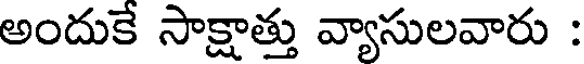
అందుకే సాక్షాత్తు వ్యాసులవారు :